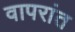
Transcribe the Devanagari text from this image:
वापरांत